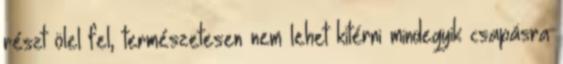
részt ölel fel, természetesen nem lehet kitérni mindegyik csapásra